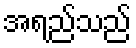
အရည်သည်